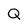
Character: Q